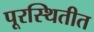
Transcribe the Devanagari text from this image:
पूरस्थितीत